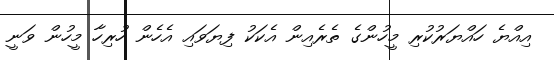
އިއްޔެ ހައްޔަރުކުރި މީހުންގެ ތެރެއިން އެކަކު ފިޔަވައި އެހެން ހުރިހާ މީހުން ވަނީ